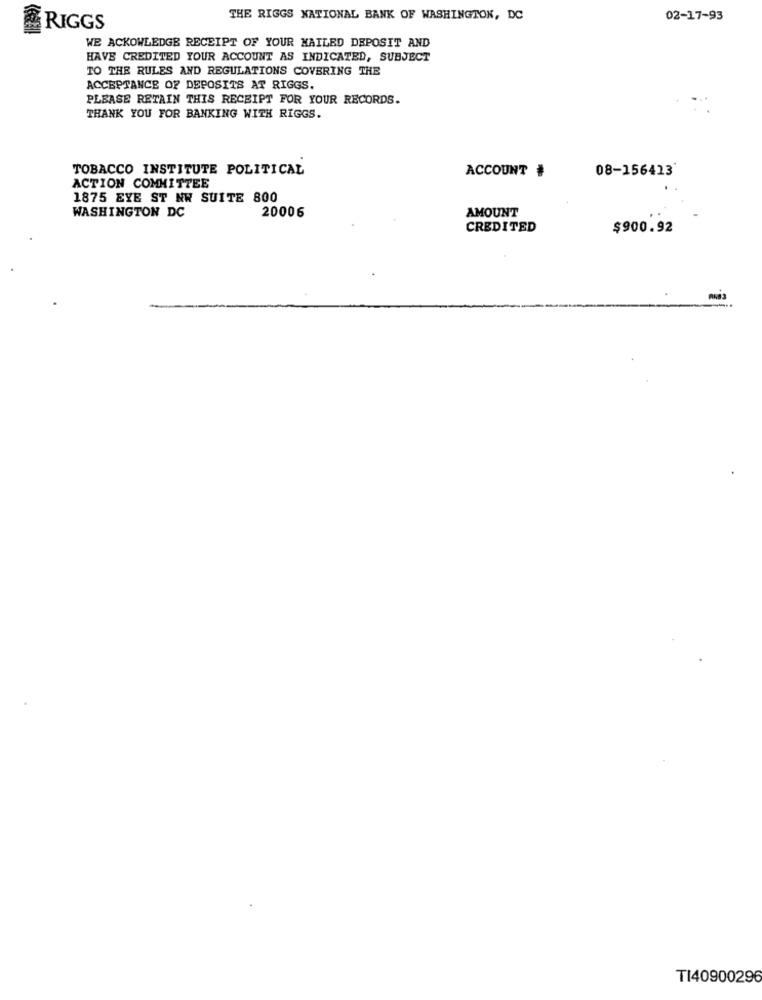
THE RIGGS NATIONAL BANK OF WASHINGTON, DC
02-17-93
RIGGS
WE ACKOWLEDGE RECEIPT OF YOUR MAILED DEPOSIT AND
HAVE CREDITED YOUR ACCOUNT AS INDICATED, SUBJECT
TO THE RULES AND REGULATIONS COVERING THE
ACCEPTANCE OF DEPOSITS AT RIGGS.
PLEASE RETAIN THIS RECEIPT FOR YOUR RECORDS.
THANK YOU FOR BANKING WITH RIGGS.
TOBACCO INSTITUTE POLITICAL
ACCOUNT #
08-156413
ACTION COMMITTEE
1875 EYE ST NW SUITE 800
20006
AMOUNT
WASHINGTON DC
CREDITED
$900.92
TI40900296